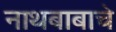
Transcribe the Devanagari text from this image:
नाथबाबाचे